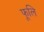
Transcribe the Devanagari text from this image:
फूलि